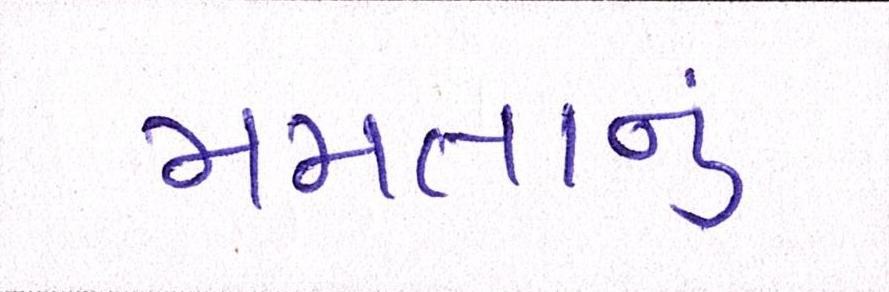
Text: મમતાનું